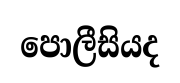
පොලීසියද